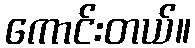
ကောင်းတယ်။